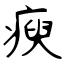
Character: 瘐